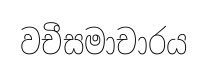
වචීසමාචාරය